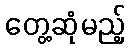
တွေ့ဆုံမည့်